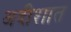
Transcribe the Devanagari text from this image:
अदीशात